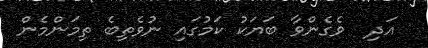
އަދި  ވެގެންވާ ބަޔަކު ކަމުގައި ނުވެތިބެ ތިމަންމެން